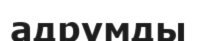
адрумды